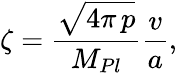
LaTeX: \zeta=\frac{\sqrt{4\pi\, p}}{M_{Pl}}\frac{v}{a},